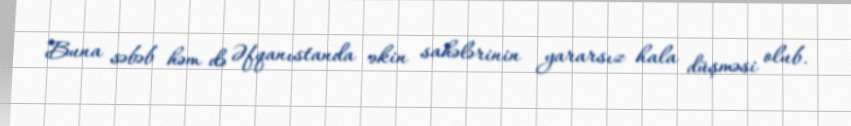
Buna səbəb həm də Əfqanıstanda əkin sahələrinin yararsız hala düşməsi olub.